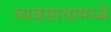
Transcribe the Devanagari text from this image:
व्यवसायामध्ये